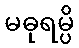
မဓုရမ္ပိ